Civil Veterinary Department. Madras. Admin. report 1910-25 - 1910-1925
Year: 1910
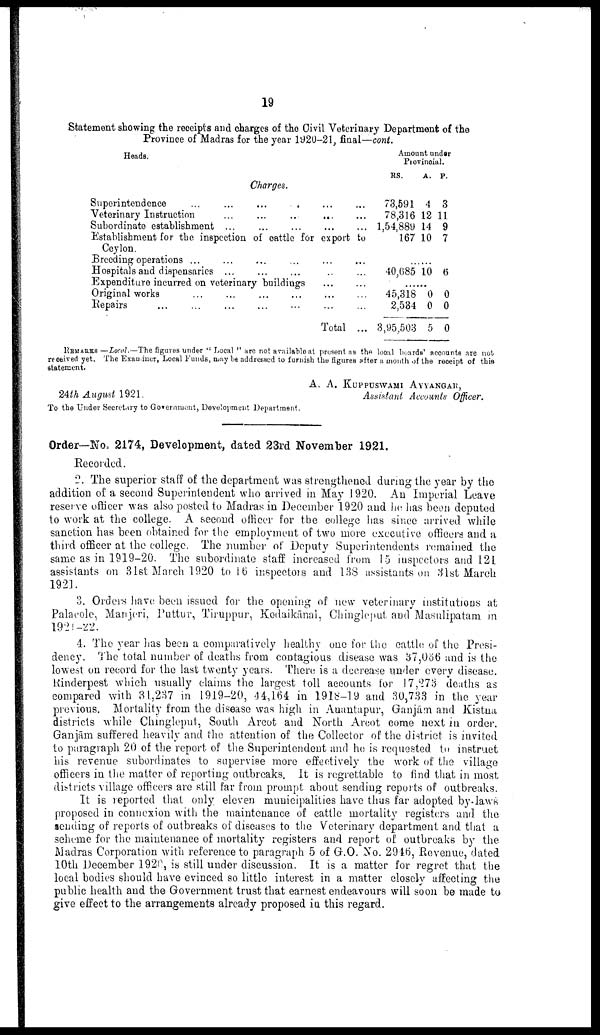
19
Statement showing the receipts and charges of the Civil Veterinary Department of the
Province of Madras for the year 1920-21, final—cont.
Heads.
Charges.
Superintendence ... ... ... ... ... ...
Veterinary Instruction ... ... ... ... ...
Subordinate establishment ... ... ... ... ...
Establishment for the inspection of cattle for export to
Ceylon.
Breeding operations ... ... ... ... ... ...
Hospitals and dispensaries ... ... ... ... ...
Expenditure incurred on veterinary buildings ... ...
Original works ... ... ... ... ... ...
Repairs ... ... ... ... ... ...
Total ...
Amount under
Provincial.
RS.
A. P.
73,591 4 3
78,316 12 11
1,54,889 14 9
167 10 7
......
40,685 10 6
......
45,318 0 0
2,534 0 0
3,95,503 5 0
REMARKS —Local.—The figures under "Local " are not available at present as the local boards' accounts are not
received yet. The Examiner, Local Funds, may be addressed to furnish the figures after a month of the receipt of this
statement.
A. A. KUPPUSWAMI AYYANGAR,
Assistant Accounts Officer.
24th August 1921.
To the Under Secretary to Government, Development Department.
Order—No. 2174, Development, dated 23rd November 1921.
Recorded.
2. The superior staff of the department was strengthened during the year by the
addition of a second Superintendent who arrived in May 1920. An Imperial Leave
reserve officer was also posted to Madras in December 1920 and he has been deputed
to work at the college. A second officer for the college has since arrived while
sanction has been obtained for the employment of two more executive officers and a
third officer at the college. The number of Deputy Superintendents remained the
same as in 1919-20. The subordinate staff increased from 15 inspectors and 121
assistants on 31st March 1920 to 16 inspectors and 138 assistants on 31st March
1921.
3. Orders have been issued for the opening of new veterinary institutions at
Palacole, Manjeri, Puttur, Tiruppur, Kodaikānal, Chingleput and Masulipatam in
1921-22.
4. The year has been a comparatively healthy one for the cattle of the Presi
dency. The total number of deaths from contagious disease was 37,056 and is the
lowest on record for the last twenty years. There is a decrease under every disease.
Rinderpest which usually claims the largest toll accounts for 17,273 deaths as
compared with 31,237 in 1919-20, 44,164 in 1918-19 and 30,733 in the year
previous. Mortality from the disease was high in Anantapur, Ganjām and Kistna
districts while Chingleput, South Arcot and North Arcot come next in order.
Ganjām suffered heavily and the attention of the Collector of the district is invited
to paragraph 20 of the report of the Superintendent and he is requested to instruct
his revenue subordinates to supervise more effectively the work of the village
officers in the matter of reporting outbreaks. It is regrettable to find that in most
districts village officers are still far from prompt about sending reports of outbreaks.
It is reported that only eleven municipalities have thus far adopted by-laws
proposed in connexion with the maintenance of cattle mortality registers and the
sending of reports of outbreaks of diseases to the Veterinary department and that a
scheme for the maintenance of mortality registers and report of outbreaks by the
Madras Corporation with reference to paragraph 5 of G.O. No. 2946, Revenue, dated
10th December 1920, is still under discussion. It is a matter for regret that the
local bodies should have evinced so little interest in a matter closely affecting the
public health and the Government trust that earnest endeavours will soon be made to
give effect to the arrangements already proposed in this regard.